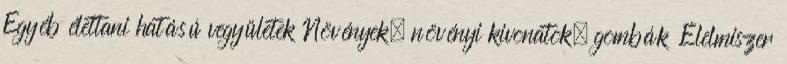
Egyéb élettani hatású vegyületek Növények, növényi kivonatok, gombák Élelmiszer